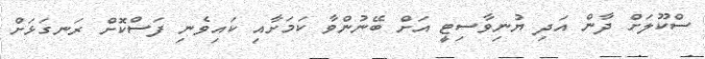
ސްކޫލަށް ދާން އަދި ޔުނިވާސިޓީ އަށް ބޭނުންވާ ކަމަށާއި ކައިވެނި ފަސްކޮށް ރަނގަޅަށް